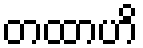
တထာဟိ